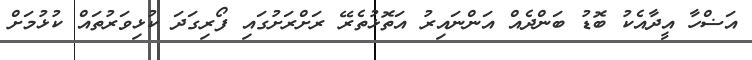
އަޟްހާ އީދާއެކު ބޮޑު ބަންދެއް އަންނައިރު އަތޮޅުތެރޭ ރަށްރަށުގައި ފޯރިގަދަ ކުޅިވަރުތައް ކުޅުމަށް